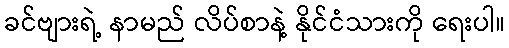
ခင်ဗျားရဲ့ နာမည် လိပ်စာနဲ့ နိုင်ငံသားကို ရေးပါ။